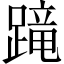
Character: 𨃸